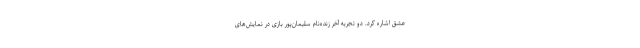
عشق اشاره کرد. دو تجربه آخر زنده‌نام سلیمان‌پور بازی در نمایش‌های